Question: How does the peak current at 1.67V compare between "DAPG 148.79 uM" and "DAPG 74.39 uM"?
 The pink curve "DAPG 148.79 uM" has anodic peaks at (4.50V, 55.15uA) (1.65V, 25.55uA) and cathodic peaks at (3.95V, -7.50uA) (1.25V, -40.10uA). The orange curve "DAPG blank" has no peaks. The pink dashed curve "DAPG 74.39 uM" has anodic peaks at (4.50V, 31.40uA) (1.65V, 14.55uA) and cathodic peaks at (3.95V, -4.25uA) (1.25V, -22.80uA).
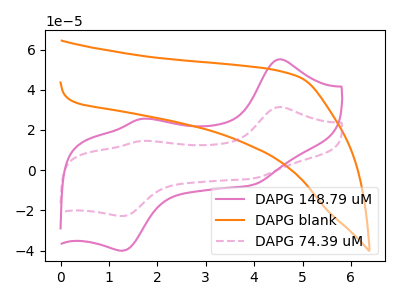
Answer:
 <answer>The peak at 1.67V is higher in "DAPG 148.79 uM" than in "DAPG 74.39 uM".</answer>
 <eval>higher</eval>